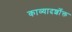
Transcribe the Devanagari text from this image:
काव्यादर्शोक्त